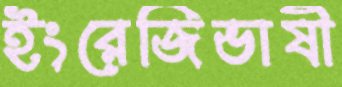
ইংরেজিভাষী